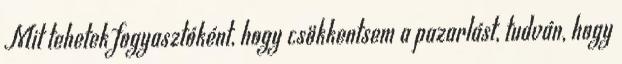
Mit tehetek fogyasztóként, hogy csökkentsem a pazarlást, tudván, hogy